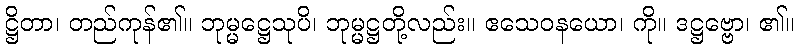
ဋ္ဌိတာ၊ တည်ကုန်၏။ ဘုမ္မဋ္ဌေသုပိ၊ ဘုမ္မဋ္ဌတို့လည်း။ ဧသေဝနယော၊ ကို။ ဒဋ္ဌဗ္ဗော၊ ၏။